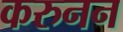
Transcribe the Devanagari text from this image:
करुनन